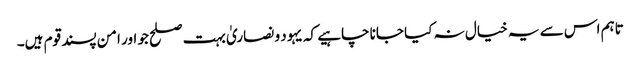
تاہم اس سے یہ خیال نہ کیا جانا چاہیے کہ یہود و نصاریٰ بہت صلح جو اور امن پسند قوم ہیں۔